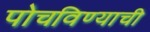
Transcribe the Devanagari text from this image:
पोचविण्याची